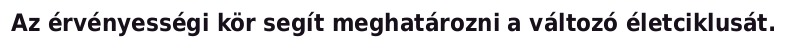
Az érvényességi kör segít meghatározni a változó életciklusát.